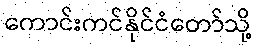
ကောင်းကင်နိုင်ငံတော်သို့